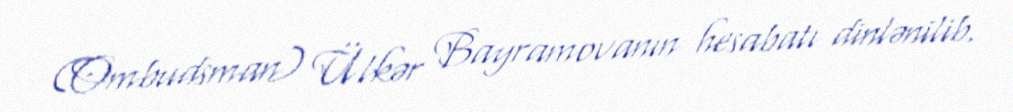
(Ombudsman) Ülkər Bayramovanın hesabatı dinlənilib.